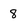
Character: 8